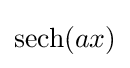
\operatorname {sech} (ax)